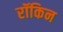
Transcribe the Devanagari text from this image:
रॉकिन